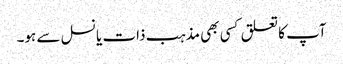
آپ کا تعلق کسی بھی مذہب ذات یا نسل سے ہو۔